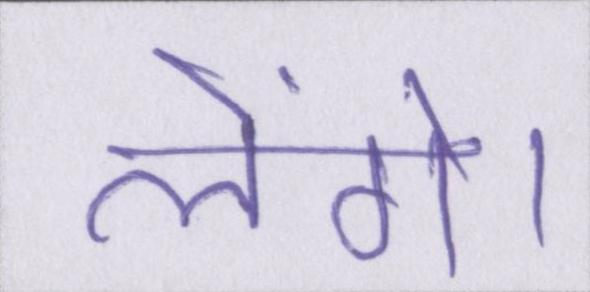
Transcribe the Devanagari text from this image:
लेंगे।